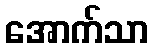
အောက်သာ